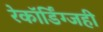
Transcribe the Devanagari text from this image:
रेकॉर्डिंग्जही